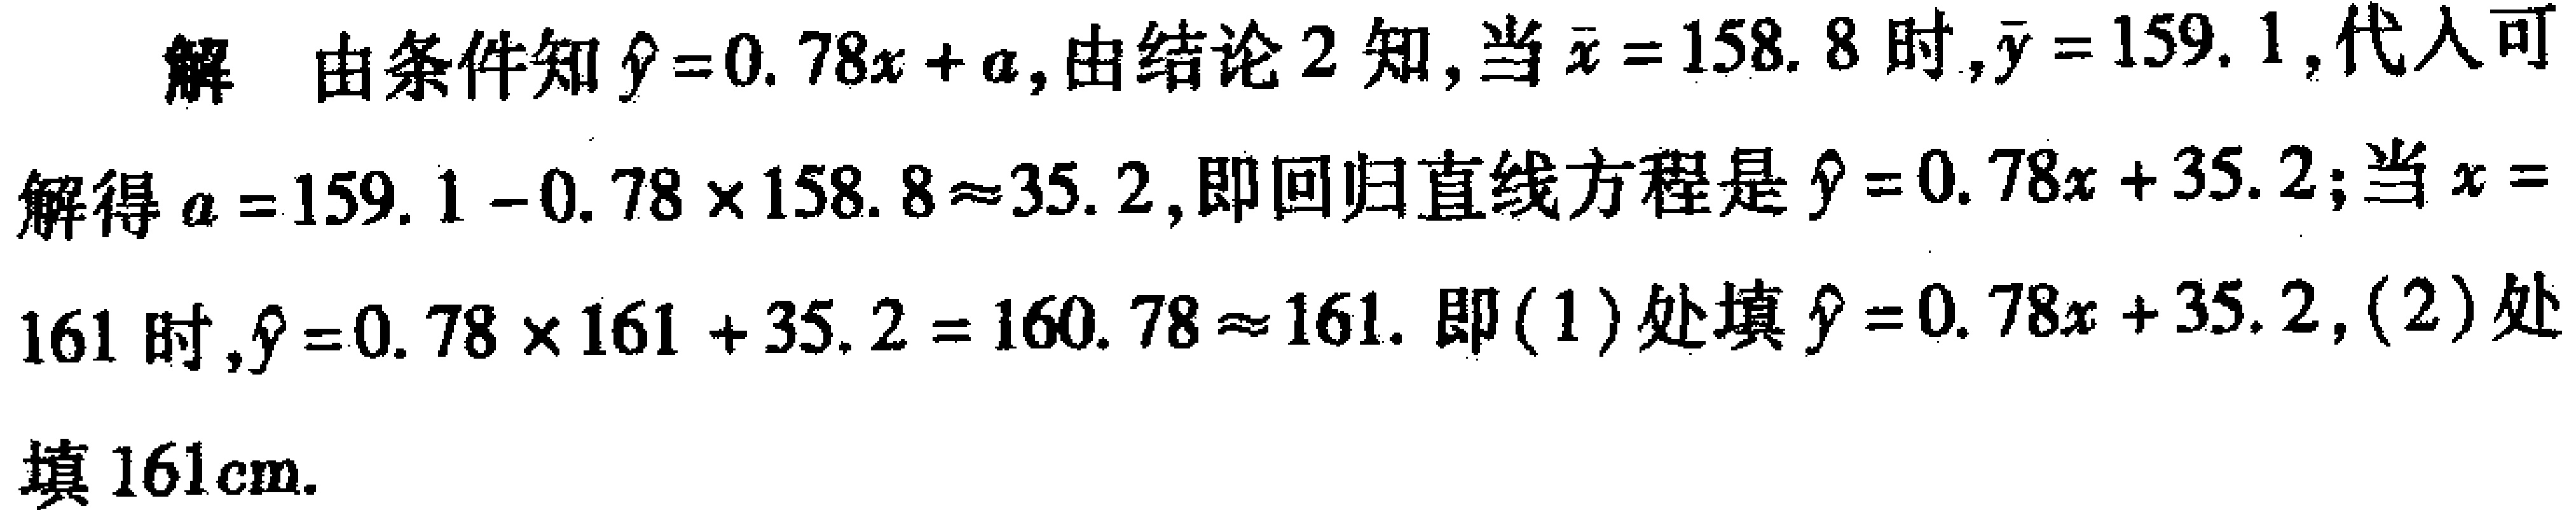
解 由条件知\(\hat{y}=0.78x + a\)，由结论 2 知，当\(\bar{x}=158.8\)时，\(\bar{y}=159.1\)，代入可解得\(a = 159.1-0.78\times158.8\approx35.2\)，即回归直线方程是\(\hat{y}=0.78x + 35.2\)；当\(x = 161\)时，\(\hat{y}=0.78\times161 + 35.2=160.78\approx161\). 即(1)处填\(\hat{y}=0.78x + 35.2\)，(2)处填\(161\mathrm{cm}\).